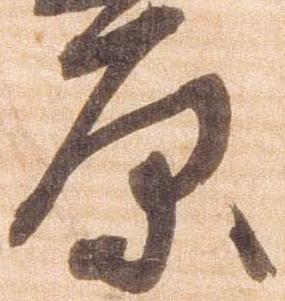
原